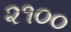
૨૧૦૦